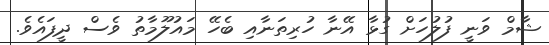
ޝާމް ވަނީ ފުލުހަށް ގުޅާ އޭނާ ހުރިތަނާއި ބެހޭ މައުލޫމާތު ވެސް ދީފައެވެ.